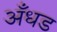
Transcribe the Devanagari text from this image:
अँधड